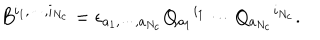
B ^ { i _ { 1 } , \cdots , i _ { N _ { c } } } = \epsilon _ { a _ { 1 } , \cdots , a _ { N _ { c } } } Q _ { a _ { 1 } } { } ^ { i _ { 1 } } \cdots Q _ { a _ { N _ { c } } } { } ^ { i _ { N _ { c } } } .